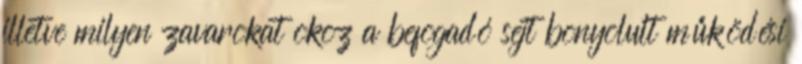
illetve milyen zavarokat okoz a befogadó sejt bonyolult működési